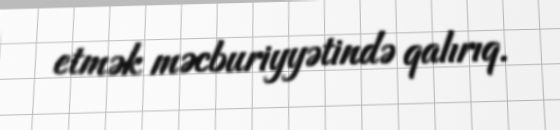
etmək məcburiyyətində qalırıq.